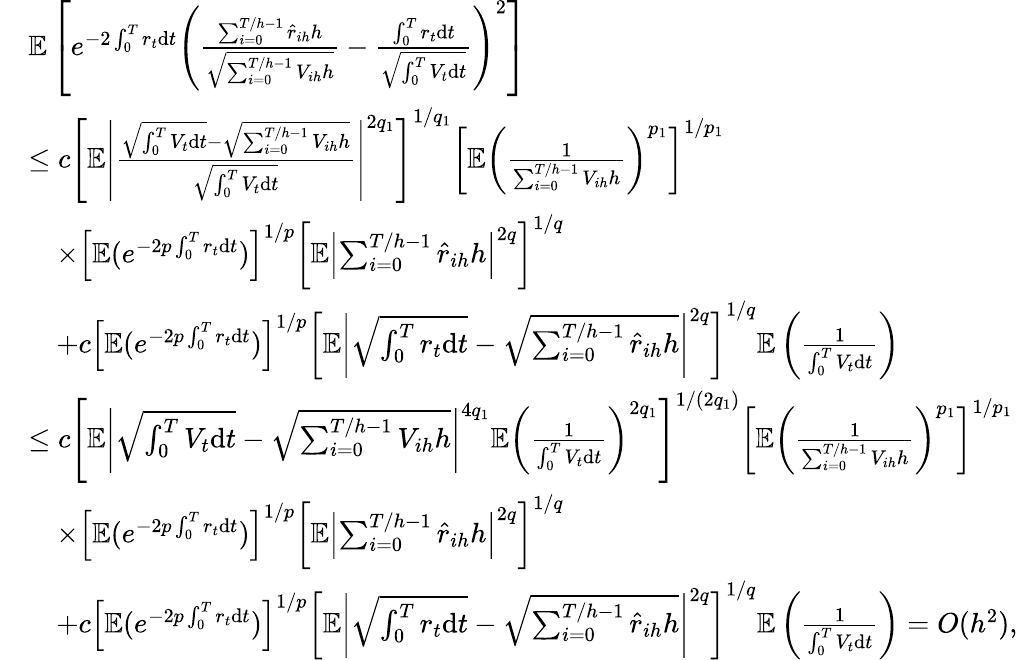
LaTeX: \begin{array}{rl}&{\mathbb{E}\left[e^{-2\int_{0}^{T}r_{t}\mathrm{d}t}\left(\frac{\sum_{i=0}^{T/h-1}\hat{r}_{ih}h}{\sqrt{\sum_{i=0}^{T/h-1}V_{ih}h}}-\frac{\int_{0}^{T}r_{t}\mathrm{d}t}{\sqrt{\int_{0}^{T}V_{t}\mathrm{d}t}}\right)^{2}\right]}\\ &{\leq c\left[\mathbb{E}\left|\frac{\sqrt{\int_{0}^{T}V_{t}\mathrm{d}t}-\sqrt{\sum_{i=0}^{T/h-1}V_{ih}h}}{\sqrt{\int_{0}^{T}V_{t}\mathrm{d}t}}\right|^{2q_{1}}\right]^{1/q_{1}}\left[\mathbb{E}\left(\frac{1}{\sum_{i=0}^{T/h-1}V_{ih}h}\right)^{p_{1}}\right]^{1/p_{1}}}\\ &{\quad\times\left[\mathbb{E}(e^{-2p\int_{0}^{T}r_{t}\mathrm{d}t})\right]^{1/p}\left[\mathbb{E}\left|\sum_{i=0}^{T/h-1}\hat{r}_{ih}h\right|^{2q}\right]^{1/q}}\\ &{\quad+c\left[\mathbb{E}(e^{-2p\int_{0}^{T}r_{t}\mathrm{d}t})\right]^{1/p}\left[\mathbb{E}\left|\sqrt{\int_{0}^{T}r_{t}\mathrm{d}t}-\sqrt{\sum_{i=0}^{T/h-1}\hat{r}_{ih}h}\right|^{2q}\right]^{1/q}\mathbb{E}\left(\frac{1}{\int_{0}^{T}V_{t}\mathrm{d}t}\right)}\\ &{\leq c\left[\mathbb{E}\left|\sqrt{\int_{0}^{T}V_{t}\mathrm{d}t}-\sqrt{\sum_{i=0}^{T/h-1}V_{ih}h}\right|^{4q_{1}}\mathbb{E}\left(\frac{1}{\int_{0}^{T}V_{t}\mathrm{d}t}\right)^{2q_{1}}\right]^{1/(2q_{1})}\left[\mathbb{E}\left(\frac{1}{\sum_{i=0}^{T/h-1}V_{ih}h}\right)^{p_{1}}\right]^{1/p_{1}}}\\ &{\quad\times\left[\mathbb{E}(e^{-2p\int_{0}^{T}r_{t}\mathrm{d}t})\right]^{1/p}\left[\mathbb{E}\left|\sum_{i=0}^{T/h-1}\hat{r}_{ih}h\right|^{2q}\right]^{1/q}}\\ &{\quad+c\left[\mathbb{E}(e^{-2p\int_{0}^{T}r_{t}\mathrm{d}t})\right]^{1/p}\left[\mathbb{E}\left|\sqrt{\int_{0}^{T}r_{t}\mathrm{d}t}-\sqrt{\sum_{i=0}^{T/h-1}\hat{r}_{ih}h}\right|^{2q}\right]^{1/q}\mathbb{E}\left(\frac{1}{\int_{0}^{T}V_{t}\mathrm{d}t}\right)=O(h^{2}),}\end{array}